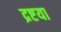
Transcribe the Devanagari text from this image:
द्रष्टया